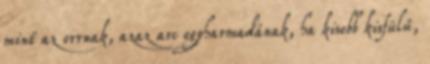
mint az orrnak, azaz arc egyharmadának, ha kisebb kisfülű,